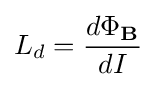
L_{d}={\frac {d\Phi _{\mathbf {B} }}{dI}}